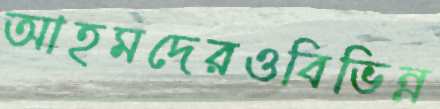
আহমদেরওবিভিন্ন